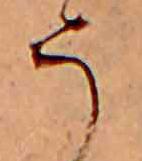
う